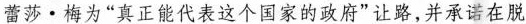
蕾莎·梅为”真正能代表这个国家的政府”让路，并承诺在脱